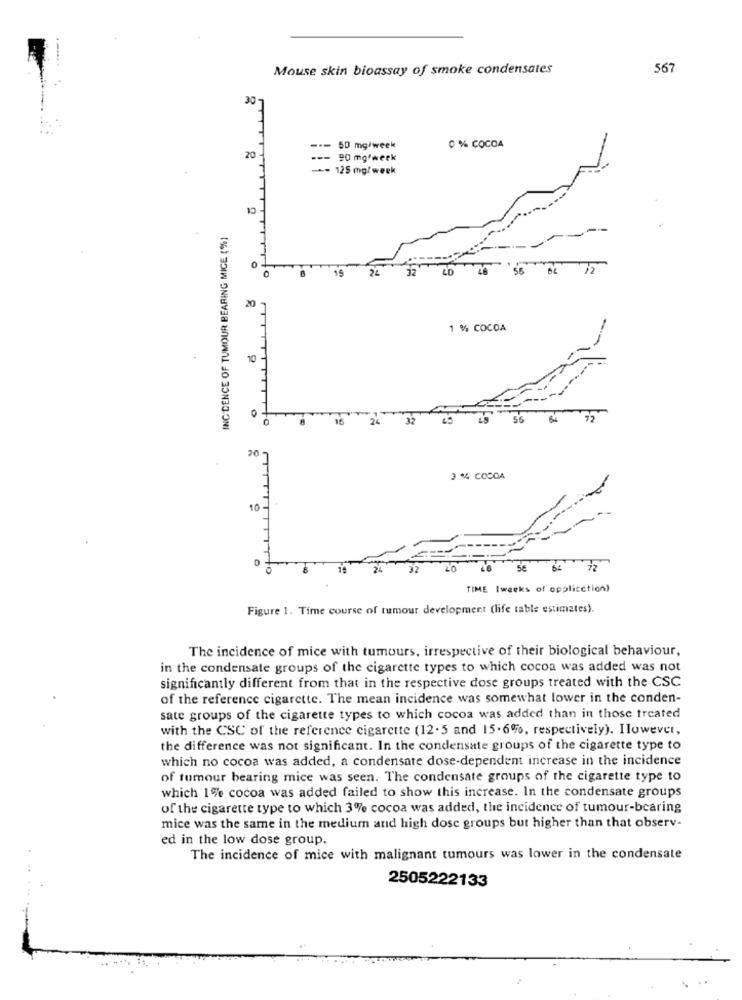
Mouse skin bioassay of smoke condensates
567
30
--- 60 mg/week
0 % COCOA
20
--- 20 mg/week
--- 125 mg/ week
INC. DENCE OF TUMOUR BEARING MICE (%)
15
56
to
20
1 % COCOA
10-
15
24
32
55
72
20
3 % COCOA
10
-to
5€
TIME Iweeks of opplicction)
Figure 1. Time course of tumour development (life table estimates).
The incidence of mice with tumours, irrespective of their biological behaviour,
in the condensate groups of the cigarette types to which cocoa was added was not
significantly different from that in the respective dose groups treated with the CSC
of the reference cigarette. The mean incidence was somewhat lower in the conden-
sate groups of the cigarette types to which cocoa was added than in those treated
with the CSC of the reference cigarette (12.5 and 15.6%, respectively). Ilowever,
the difference was not significant. In the condensate groups of the cigarette type to
which no cocoa was added, a condensate dose-dependent increase in the incidence
of tumour bearing mice was seen. The condensate groups of the cigarette type to
which 1% cocoa was added failed to show this increase. In the condensate groups
of the cigarette type to which 3% cocoa was added, the incidence of tumour-bearing
mice was the same in the medium and high dose groups but higher than that observ-
ed in the low dose group.
The incidence of mice with malignant tumours was lower in the condensate
2505222133